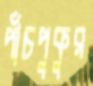
পাঁচপুকুর